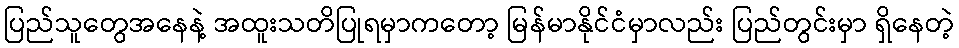
ပြည်သူတွေအနေနဲ့ အထူးသတိပြုရမှာကတော့ မြန်မာနိုင်ငံမှာလည်း ပြည်တွင်းမှာ ရှိနေတဲ့